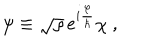
\psi \equiv \sqrt { \rho } \, e ^ { i \frac \varphi \hbar } \chi \ ,